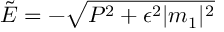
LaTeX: { \tilde { E } } = - \sqrt { P ^ { 2 } + \epsilon ^ { 2 } | m _ { 1 } | ^ { 2 } }